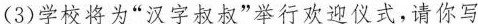
(3)学校将为”汉字叔叔”举行欢迎仪式，请你写